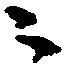
ニ